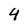
Character: 4